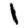
Digit: 1